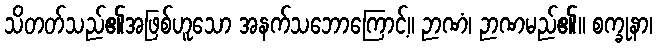
သိတတ်သည်၏အဖြစ်ဟူသော အနက်သဘောကြောင့်။ ဉာဏံ၊ ဉာဏမည်၏။ စက္ခုနာ၊